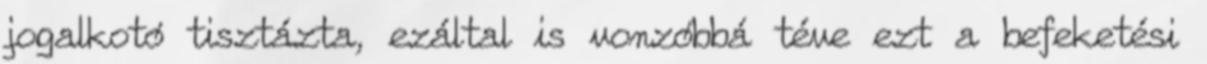
jogalkotó tisztázta, ezáltal is vonzóbbá téve ezt a befeketési